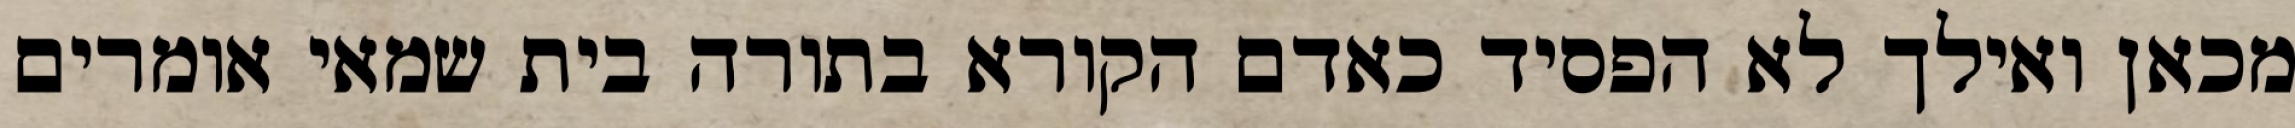
מכאן ואילך לא הפסיד כאדם הקורא בתורה בית שמאי אומרים